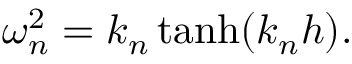
\omega _ { n } ^ { 2 } = k _ { n } \operatorname { t a n h } ( k _ { n } h ) .